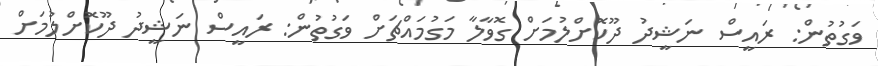
ވަގުތުން: ރައީސް ނަޝީދު ދޫކޮށްލުމަށް ގޮވާލާ މަގުމައްޗަށް ވަގުތުން: ރައީސް ނަޝީދު ދޫކޮށްލުމަށް